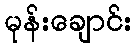
မုန်းချောင်း